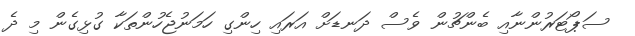
ސަޕޯޓަރުންނާއި ބެންޗުން ވެސް ދަނޑަށް އަރައި ހިންގި ހަމަނުޖެހުންތަކާ ގުޅިގެން މި ދެ